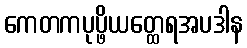
ကေတကပုပ္ဖိယတ္ထေရအပဒါန